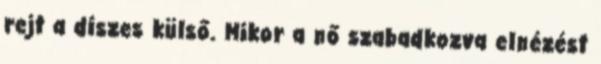
rejt a díszes külső. Mikor a nő szabadkozva elnézést